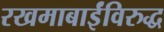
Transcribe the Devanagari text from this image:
रखमाबाईंविरुद्ध